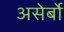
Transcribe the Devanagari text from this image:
असेर्बो